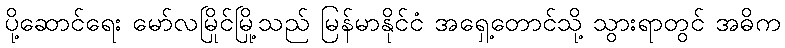
ပို့ဆောင်ရေး မော်လမြိုင်မြို့သည် မြန်မာနိုင်ငံ အရှေ့တောင်သို့ သွားရာတွင် အဓိက